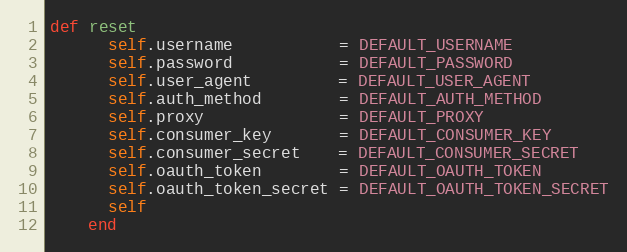
Language: Ruby
def reset
      self.username           = DEFAULT_USERNAME
      self.password           = DEFAULT_PASSWORD
      self.user_agent         = DEFAULT_USER_AGENT
      self.auth_method        = DEFAULT_AUTH_METHOD
      self.proxy              = DEFAULT_PROXY
      self.consumer_key       = DEFAULT_CONSUMER_KEY
      self.consumer_secret    = DEFAULT_CONSUMER_SECRET
      self.oauth_token        = DEFAULT_OAUTH_TOKEN
      self.oauth_token_secret = DEFAULT_OAUTH_TOKEN_SECRET
      self
    end